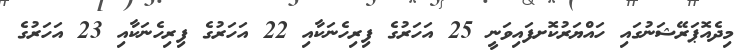
މިދެއޮޕަރޭޝަނުގައި ހައްޔަރުކޮށފައިވަނީ 25 އަހަރުގެ ފިރިހެނަކާއި 22 އަހަރުގެ ފިރިހެނަކާއި 23 އަަހަރުގެ